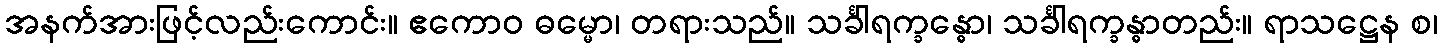
အနက်အားဖြင့်လည်းကောင်း။ ဧကောဝ ဓမ္မော၊ တရားသည်။ သင်္ခါရက္ခန္ဓော၊ သင်္ခါရက္ခန္ဓာတည်း။ ရာသဋ္ဌေန စ၊